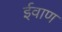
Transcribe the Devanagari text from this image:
ईवाण